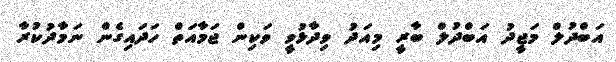
އަބްދުލް މަޖީދު އަބްދުލް ބާރީ މިއަދު ވިދާޅުވީ ވަކިން ޖަމާއަތް ހަދައިގެން ނަމާދުކުރާ